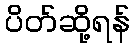
ပိတ်ဆို့ရန်